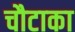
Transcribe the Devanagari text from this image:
चौटाका